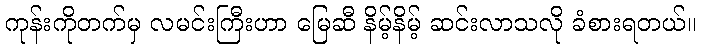
ကုန်းကိုတက်မှ လမင်းကြီးဟာ မြေဆီ နိမ့်နိမ့် ဆင်းလာသလို ခံစားရတယ်။